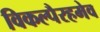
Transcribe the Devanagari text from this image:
विकल्पैरहमेव